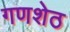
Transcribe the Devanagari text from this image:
गणशेठ